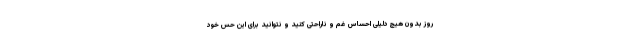
روز بدون هیچ دلیلی احساس غم و ناراحتی کنید و نتوانید برای این حس خود